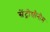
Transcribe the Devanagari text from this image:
सेंट्रोसोनोम